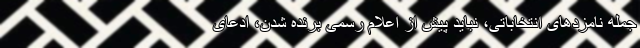
جمله نامزدهای انتخاباتی، نباید پیش از اعلام رسمی برنده شدن، ادعای